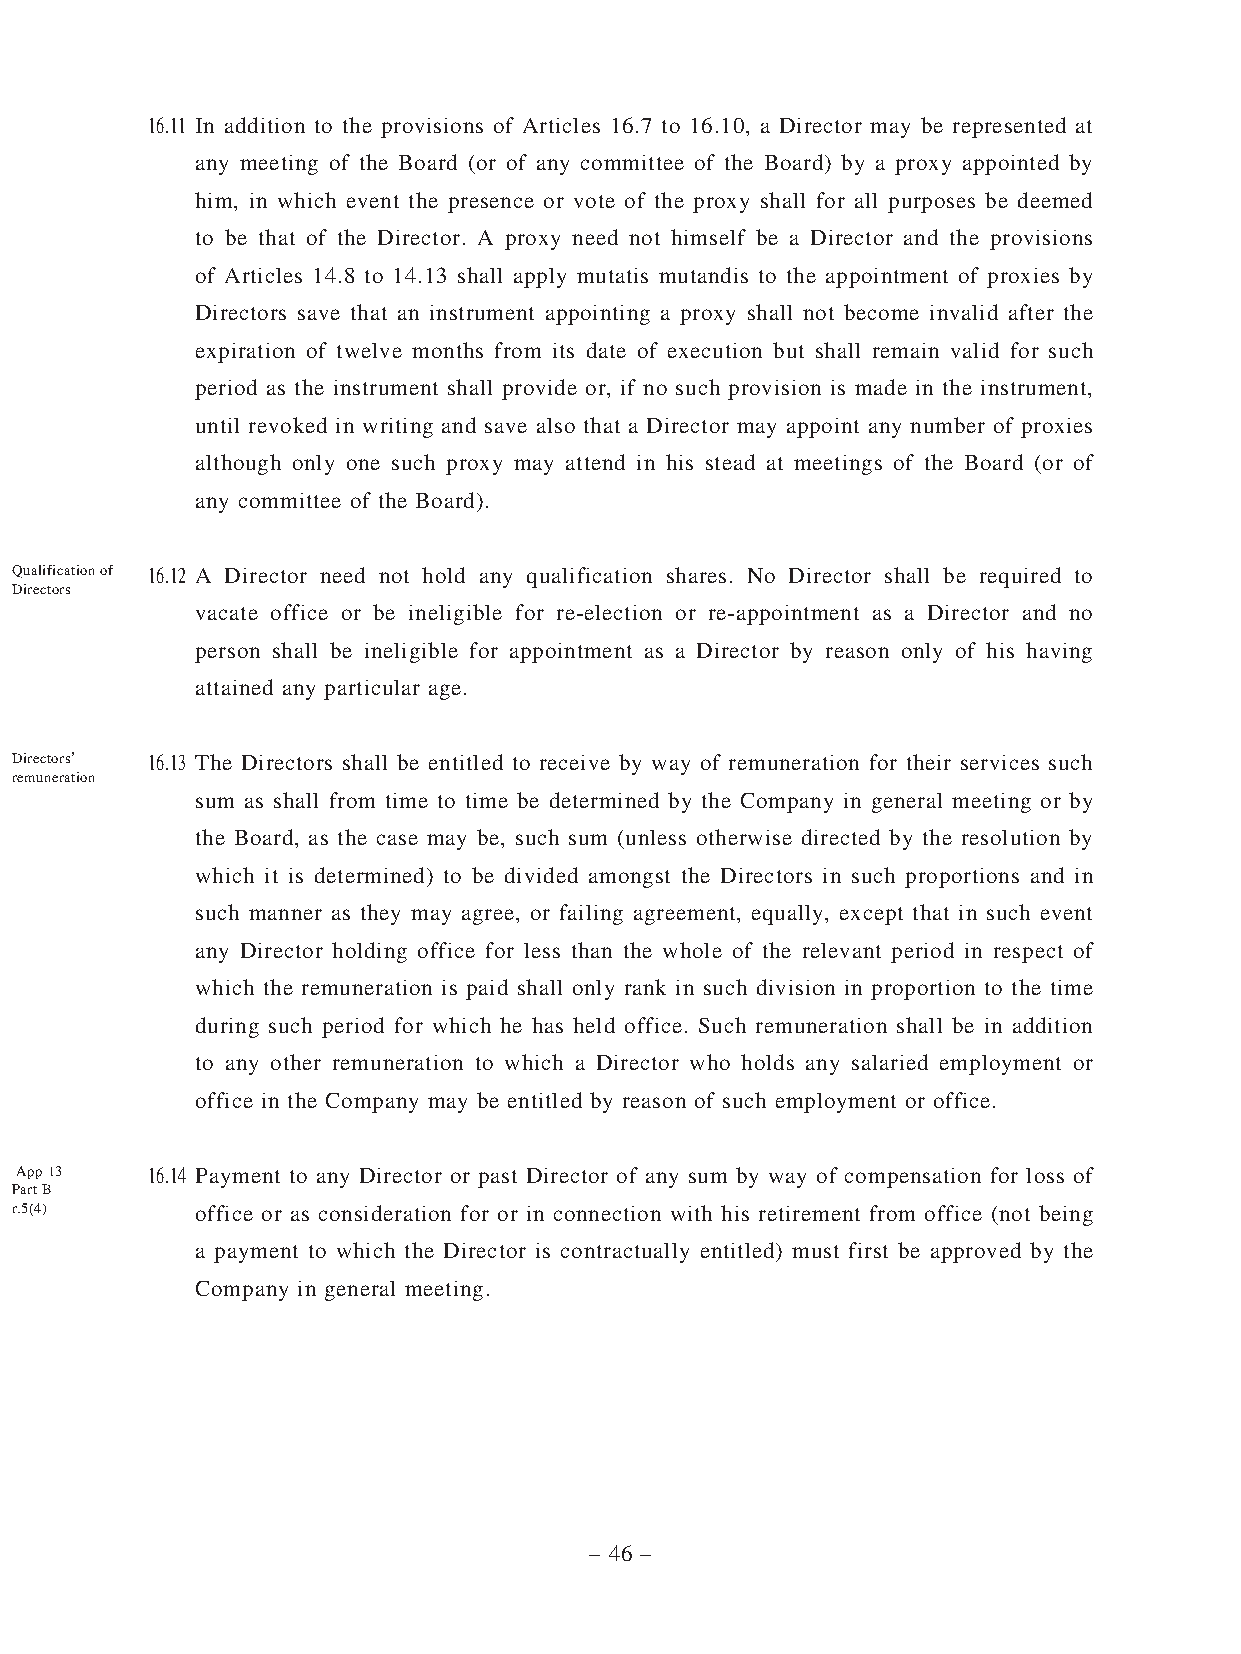
16.11 In addition to the provisions of Articles 16.7 to 16.10, a Director may be represented at
 any meeting of the Board (or of any committee of the Board) by a proxy appointed by
 him, in which event the presence or vote of the proxy shall for all purposes be deemed
 to be that of the Director. A proxy need not himself be a Director and the provisions
 of Articles 14.8 to 14.13 shall apply mutatis mutandis to the appointment of proxies by
 Directors save that an instrument appointing a proxy shall not become invalid after the
 expiration of twelve months from its date of execution but shall remain valid for such
 period as the instrument shall provide or, if no such provision is made in the instrument,
 until revoked in writing and save also that a Director may appoint any number of proxies
 although only one such proxy may attend in his stead at meetings of the Board (or of
 any committee of the Board).
 Qualification of 16.12 A Director need not hold any qualification shares. No Director shall be required to
 Directors
 vacate office or be ineligible for re-election or re-appointment as a Director and no
 person shall be ineligible for appointment as a Director by reason only of his having
 attained any particular age.
 Directors’ 16.13 The Directors shall be entitled to receive by way of remuneration for their services such
 remuneration
 sum as shall from time to time be determined by the Company in general meeting or by
 the Board, as the case may be, such sum (unless otherwise directed by the resolution by
 which it is determined) to be divided amongst the Directors in such proportions and in
 such manner as they may agree, or failing agreement, equally, except that in such event
 any Director holding office for less than the whole of the relevant period in respect of
 which the remuneration is paid shall only rank in such division in proportion to the time
 during such period for which he has held office. Such remuneration shall be in addition
 to any other remuneration to which a Director who holds any salaried employment or
 office in the Company may be entitled by reason of such employment or office.
 App 13   16.14 Payment to any Director or past Director of any sum by way of compensation for loss of
 Part B
 r.5(4)      office or as consideration for or in connection with his retirement from office (not being
 a payment to which the Director is contractually entitled) must first be approved by the
 Company in general meeting.
 – 46 –